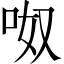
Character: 呶